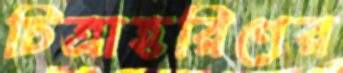
চিত্রাহরিণের